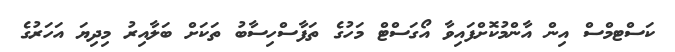
ކަސްޓމްސް އިން އާންމުކޮށްފައިވާ އޯގަސްޓް މަހުގެ ތަފާސްހިސާބު ތަކަށް ބަލާއިރު މިދިޔަ އަހަރުގެ